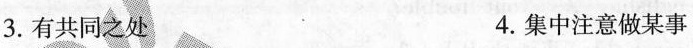
3.有共同之处 4.集中注意做某事